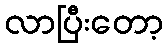
လာပြီးတော့